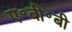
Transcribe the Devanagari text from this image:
ए॰बी॰बी